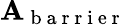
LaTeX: \mathbf{A}_{\mathrm{{~b~a~r~r~i~e~r~}}}